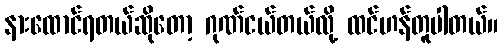
နားထောင်ရတယ်ဆိုတော့ ဂုဏ်ငယ်တယ်လို့ ထင်ဟန်တူပါတယ်။